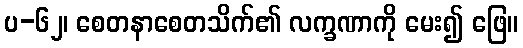
ပ-၆၂၊ စေတနာစေတသိက်၏ လက္ခဏာကို မေး၍ ဖြေ။